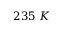
2 3 5 \ K